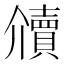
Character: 𰷔